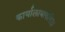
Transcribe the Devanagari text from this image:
कार्यालायाकरिता